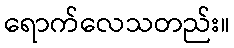
ရောက်လေသတည်း။